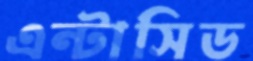
এন্টাসিড